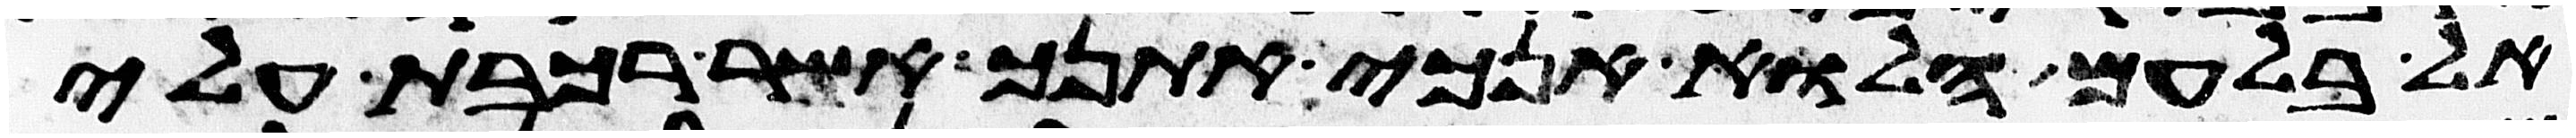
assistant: אל בלעם הלוא אנכי אתנך אשר רכבת עלי